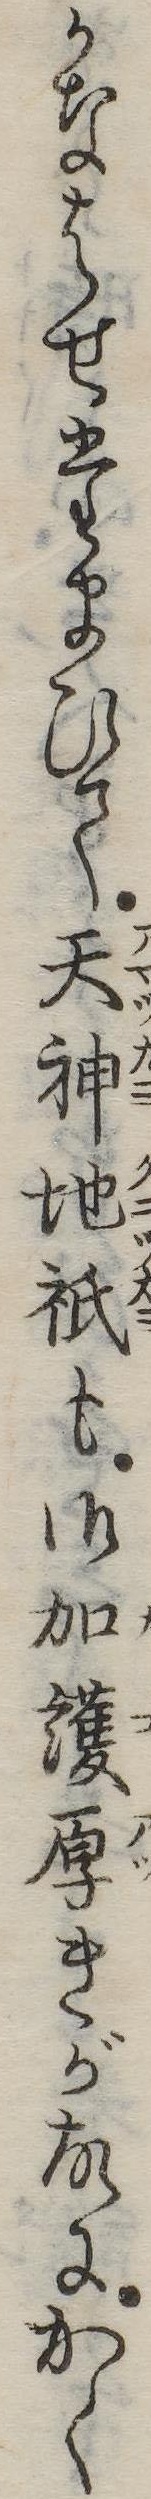
かなはせたまひて天神地祇も御加護厚きが故にかく